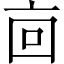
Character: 㐭